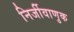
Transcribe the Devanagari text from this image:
निर्जीवाणुक